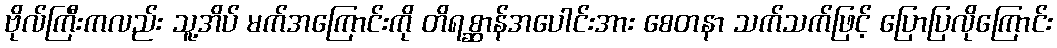
ဗိုလ်ကြီးကလည်း သူ့အိပ် မက်အကြောင်းကို တိရစ္ဆာန်အပေါင်းအား စေတနာ သက်သက်ဖြင့် ပြောပြလိုကြောင်း